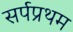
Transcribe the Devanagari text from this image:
सर्पप्रथम